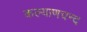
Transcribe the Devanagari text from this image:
कल्याणचन्द